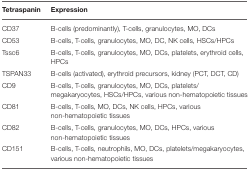
| Tetraspanin | Expression |
 | --- | --- |
 | CD37 | B-cells (predominantly), T-cells, granulocytes, MO, DCs |
 | CD53 | B-cells, T-cells, granulocytes, MO, DC, NK cells, HSCs/HPCs |
 | Tssc6 | B-cells, T-cells, granulocytes, MO, DCs, platelets, erythroid cells, HPCs |
 | TSPAN33 | B-cells (activated), erythroid precursors, kidney (PCT, DCT, CD) |
 | CD9 | B-cells, T-cells, granulocytes, MO, DCs, platelets/megakaryocytes, HSCs/HPCs, various non-hematopoietic tissues |
 | CD81 | B-cells, T-cells, MO, DCs, NK cells, HPCs, various non-hematopoietic tissues |
 | CD82 | B-cells, T-cells, granulocytes, MO, DCs, HPCs, various non-hematopoietic tissues |
 | CD151 | B-cells, T-cells, neutrophils, MO, DCs, platelets/megakaryocytes, various non-hematopoietic tissues |